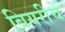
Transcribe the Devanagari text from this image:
बियरीचे